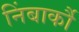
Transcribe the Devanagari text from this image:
निंबार्कौ